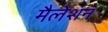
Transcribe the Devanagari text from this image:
मैलेशन